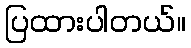
ပြထားပါတယ်။